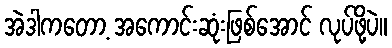
အဲဒါကတော့ အကောင်းဆုံးဖြစ်အောင် လုပ်ဖို့ပဲ။